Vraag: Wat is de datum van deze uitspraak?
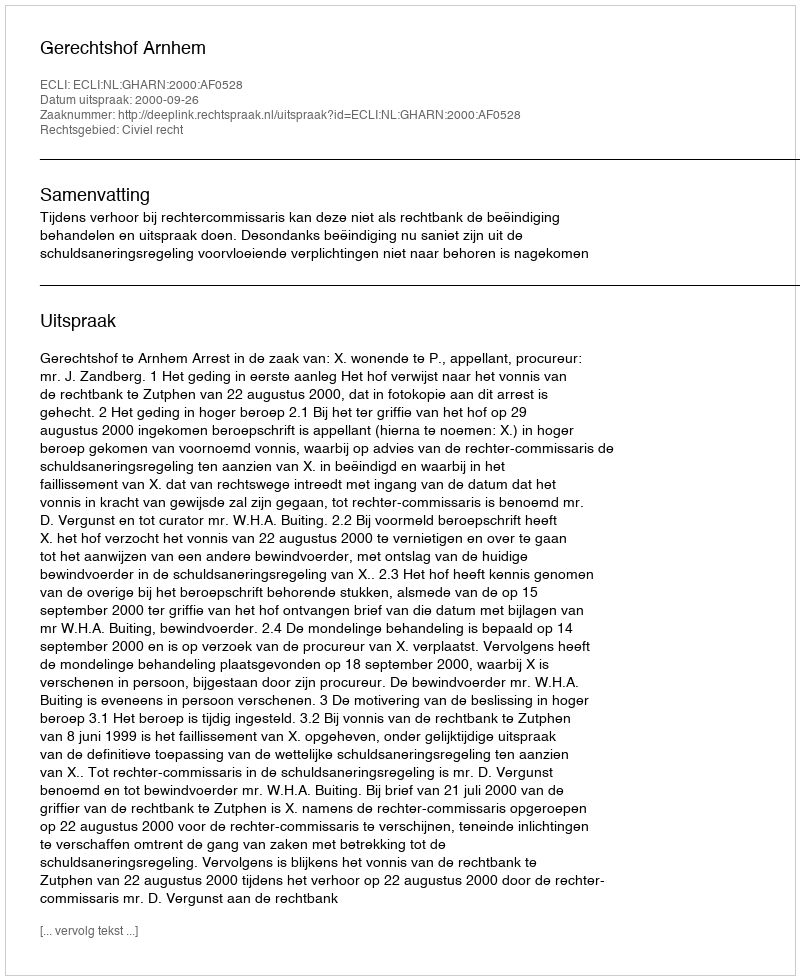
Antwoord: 2000-09-26